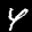
Label: 4